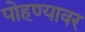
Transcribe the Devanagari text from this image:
पोहण्यावर